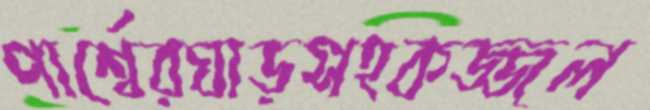
পার্শ্বেরঘাড়সহকজ্জল